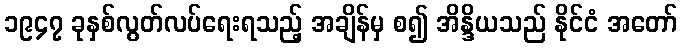
၁၉၄၇ ခုနှစ်လွတ်လပ်ရေးရသည့် အချိန်မှ စ၍ အိန္ဒိယသည် နိုင်ငံ အတော်